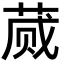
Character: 蒇